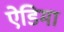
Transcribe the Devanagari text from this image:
ऐडिमा